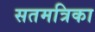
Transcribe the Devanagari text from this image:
सतमत्रिका